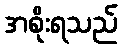
အစိုးရသည်